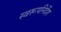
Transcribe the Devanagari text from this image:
स्वरूपनिर्देश